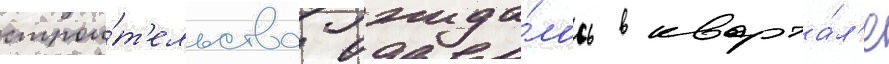
строи́т'ельства ожида́лось в кварта́л'е